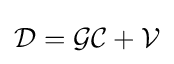
{\mathcal {D}}={\mathcal {G}}{\mathcal {C}}+{\mathcal {V}}